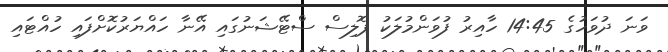
ވަނަ ދުވަހުގެ 14:45 ހާއިރު ފުވަންމުލަކު ޕޮލިސް ސްޓޭޝަނުގައި އޭނާ ހައްޔަރުކޮށްފައި ހުއްޓައި